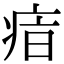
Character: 𤶓